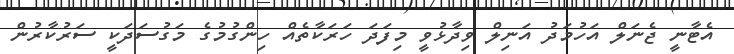
އެޓާނީ ޖެނަލް އަހުމަދު އަނިލް ވިދާޅުވީ މިފަދަ ހަރަކާތެއް ހިންގުމުގެ މަގުސަދަކީ ސަރުކާރުން